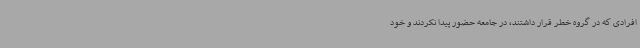
افرادی که در گروه خطر قرار داشتند، در جامعه حضور پیدا نکردند و خود